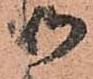
御